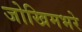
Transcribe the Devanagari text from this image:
जोखिमभरे